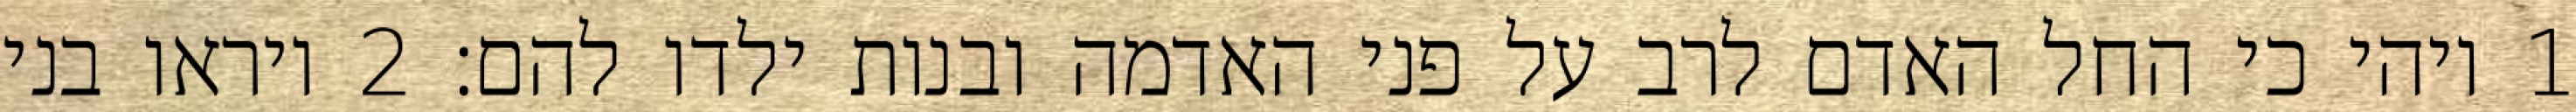
1 ויהי כי החל האדם לרב על פני האדמה ובנות ילדו להם׃ ‎2‏ ויראו בני